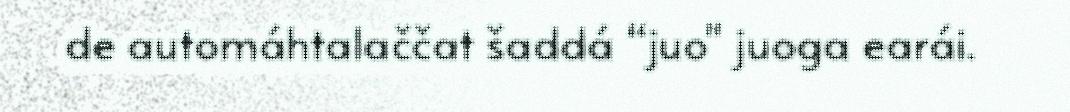
de automáhtalaččat šaddá “juo" juoga earái.